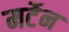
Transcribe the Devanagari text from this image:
मर्टेन